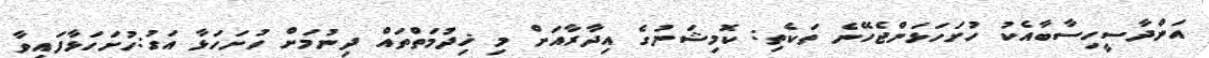
އަންދާސީހިސާބާއެކު ހުށަހަޅަންޖެހޭނެ ތަކެތި: ކޮމިޝަނުގެ އިދާރާއަށް މި ޚިދުމަތްތައް ދިނުމަށް ހުށަހަޅާ އަގު:ހުށަހަޅާފައިވާ